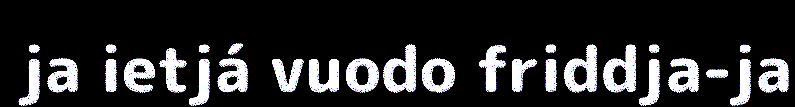
ja ietjá vuodo friddja-ja